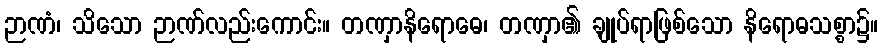
ဉာဏံ၊ သိသော ဉာဏ်လည်းကောင်း။ တဏှာနိရောဓေ၊ တဏှာ၏ ချုပ်ရာဖြစ်သော နိရောဓသစ္စာ၌။